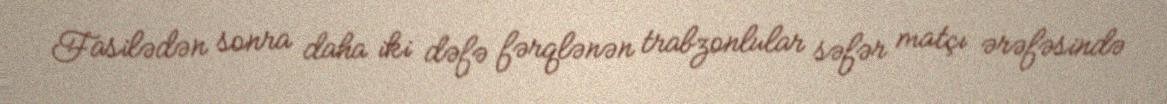
Fasilədən sonra daha iki dəfə fərqlənən trabzonlular səfər matçı ərəfəsində